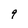
Character: q